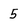
Character: 5